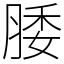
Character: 腇